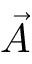
\vec { A }